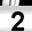
Digit: 2